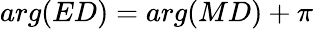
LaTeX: arg(ED)=arg(MD)+\pi